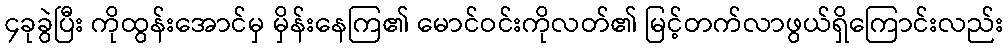
၄ခုခွဲပြီး ကိုထွန်းအောင်မှ မှိန်းနေကြ၏ မောင်ဝင်းကိုလတ်၏ မြင့်တက်လာဖွယ်ရှိကြောင်းလည်း